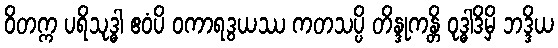
ဝိတက္က ပရိသုဒ္ဓါ ဧဝံပိ ဝကာရဒွယဿ ကတသပ္ပိ တိန္ဒုကန္တိ ဝုဒ္ဓါဒိမှိ ဘဒ္ဒိယ